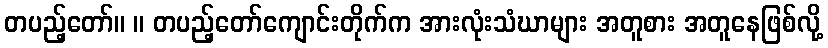
တပည့်တော်။ ။ တပည့်တော်ကျောင်းတိုက်က အားလုံးသံဃာများ အတူစား အတူနေဖြစ်လို့